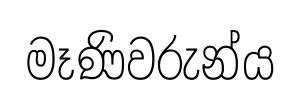
මෑණිවරුන්ය